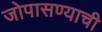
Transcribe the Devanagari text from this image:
जोपासण्याची